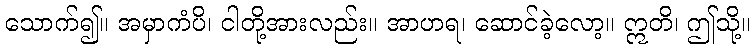
သောက်၍။ အမှာကံပိ၊ ငါတို့အားလည်း။ အာဟရ၊ ဆောင်ခဲ့လော့။ ဣတိ၊ ဤသို့။